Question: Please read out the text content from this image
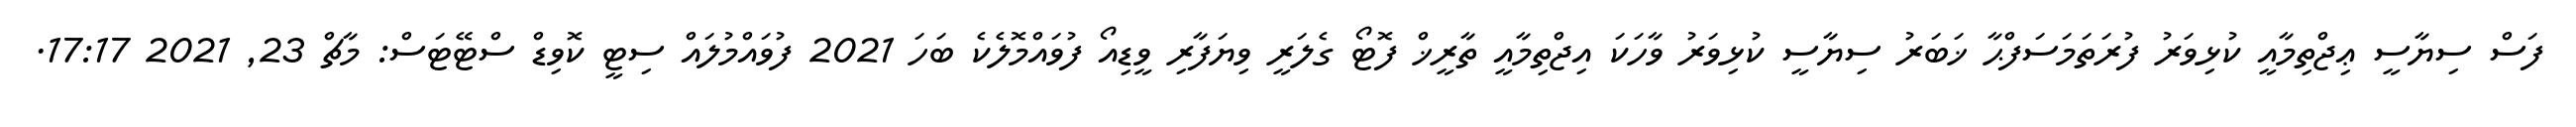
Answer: ފަސް ސިޔާސީ ޢިޖްތިމާއީ ކުޅިވަރު ފުރަތަމަސަފްޙާ ޚަބަރު ސިޔާސީ ކުޅިވަރު ވާހަކަ އިޖްތިމާއީ ތާރީޚް ފޮޓޯ ގެލަރީ ވިޔަފާރި ވީޑިއޯ ފުވައްމޮލެކެ ބަހަ 2021 ފުވައްމުލައް ސިޓީ ކޮވިޑް ސްޓޭޓަސް: މާޗް 23, 2021 17:17.